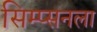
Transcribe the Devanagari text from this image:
सिम्प्सनला